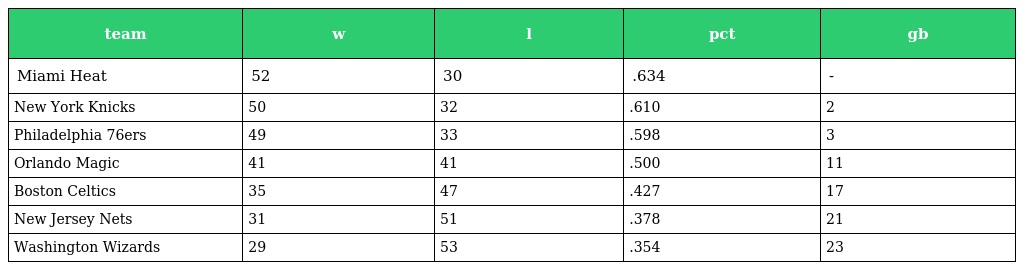
| team | w | l | pct | gb |
 | --- | --- | --- | --- | --- |
 | Miami Heat | 52 | 30 | .634 | - |
 | New York Knicks | 50 | 32 | .610 | 2 |
 | Philadelphia 76ers | 49 | 33 | .598 | 3 |
 | Orlando Magic | 41 | 41 | .500 | 11 |
 | Boston Celtics | 35 | 47 | .427 | 17 |
 | New Jersey Nets | 31 | 51 | .378 | 21 |
 | Washington Wizards | 29 | 53 | .354 | 23 |